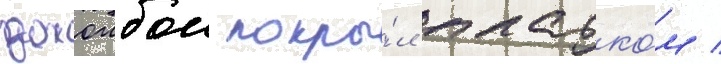
джоибои покры́л платко́м /